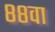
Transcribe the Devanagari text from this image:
८८वा